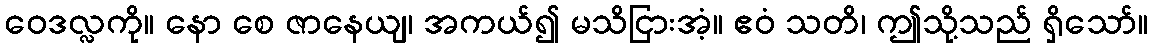
ဝေဒလ္လကို။ နော စေ ဇာနေယျ၊ အကယ်၍ မသိငြားအံ့။ ဧဝံ သတိ၊ ဤသို့သည် ရှိသော်။